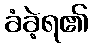
ခံခဲ့ရ၏